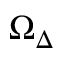
\Omega _ { \Delta }